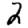
Digit: 2